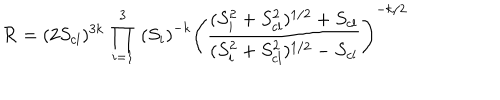
{ \cal R } = ( 2 S _ { c l } ) ^ { 3 k } \, \prod _ { i = 1 } ^ { 3 } \, \left( S _ { i } \right) ^ { - k } \left( \frac { ( S _ { i } ^ { 2 } + S _ { c l } ^ { 2 } ) ^ { 1 / 2 } + S _ { c l } } { ( S _ { i } ^ { 2 } + S _ { c l } ^ { 2 } ) ^ { 1 / 2 } - S _ { c l } } \right) ^ { - k / 2 }